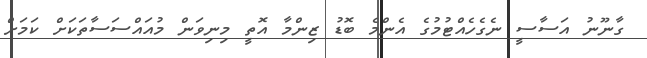
ގާނޫނު އަސާސީ ނެގެހެއްޓުމުގެ އެންމެ ބޮޑު ޒިންމާ އޮތީ މިނިވަން މުއައްސަސާތަކަށް ކަމަށް